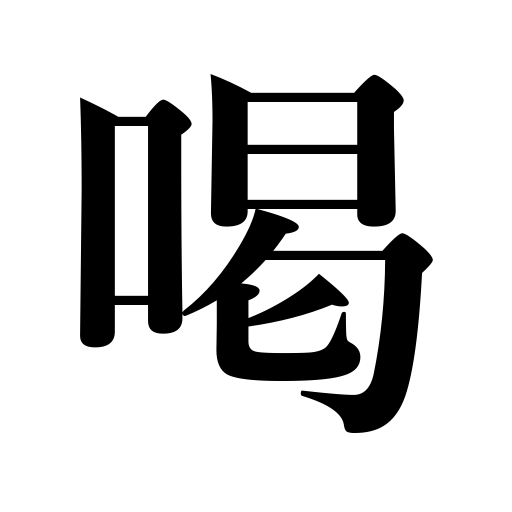
Meanings: get hoarse,scold